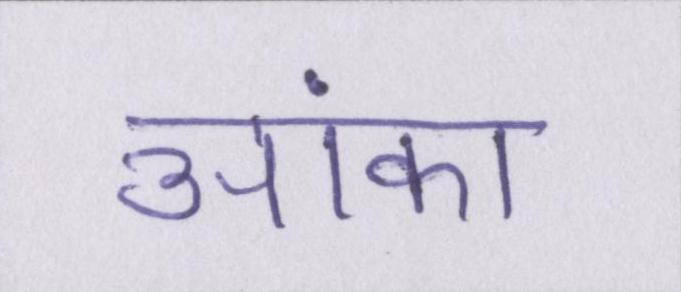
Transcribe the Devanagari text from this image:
आंका